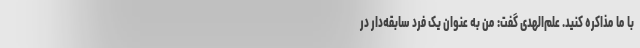
با ما مذاکره کنید. علم‌الهدی گفت: من به عنوان یک فرد سابقه‌دار در